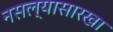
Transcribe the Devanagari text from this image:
नसल्यासारखा